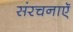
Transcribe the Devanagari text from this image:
संरचनाएॅ